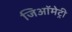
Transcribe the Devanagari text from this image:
जिऑमेट्री